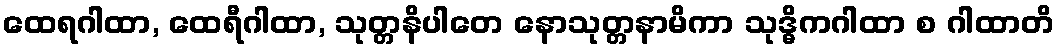
ထေရဂါထာ, ထေရီဂါထာ, သုတ္တနိပါတေ နောသုတ္တနာမိကာ သုဒ္ဓိကဂါထာ စ ဂါထာတိ